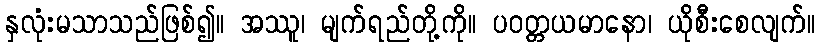
နှလုံးမသာသည်ဖြစ်၍။ အဿူ၊ မျက်ရည်တို့ကို။ ပဝတ္တယမာနော၊ ယိုစီးစေလျက်။